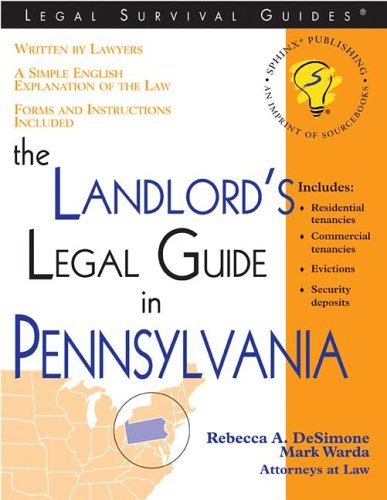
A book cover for The Landlord's Legal Guide in Pennsylvania (Legal Survival Guides); Rebecca A DeSimone; Law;